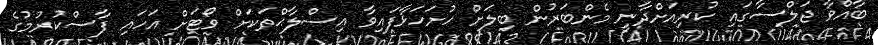
ބާއްވާ ޖަލްސާގައި ކުރިއަށްދާނީ މެންބަރުން ބިލަށް ހުށަހަޅާފައިވާ އިސްލާޙްތަކަށް ވޯޓަށް އަހައި ފާސްކުރުމުގެ